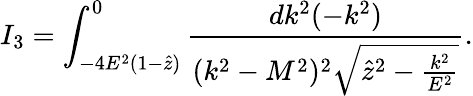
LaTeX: I_{3}=\int_{-4E^{2}(1-\hat{z})}^{0}\frac{dk^{2}(-k^{2})}{(k^{2}-M^{2})^{2}\sqrt{\hat{z}^{2}-\frac{k^{2}}{E^{2}}}}.